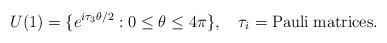
LaTeX: \begin{align*}U(1) = \{ e^{i {\tau}_3 \theta/2} : 0 \leq \theta \leq 4 \pi \} , \quad {\tau}_i = {\rm Pauli \; matrices}.\end{align*}